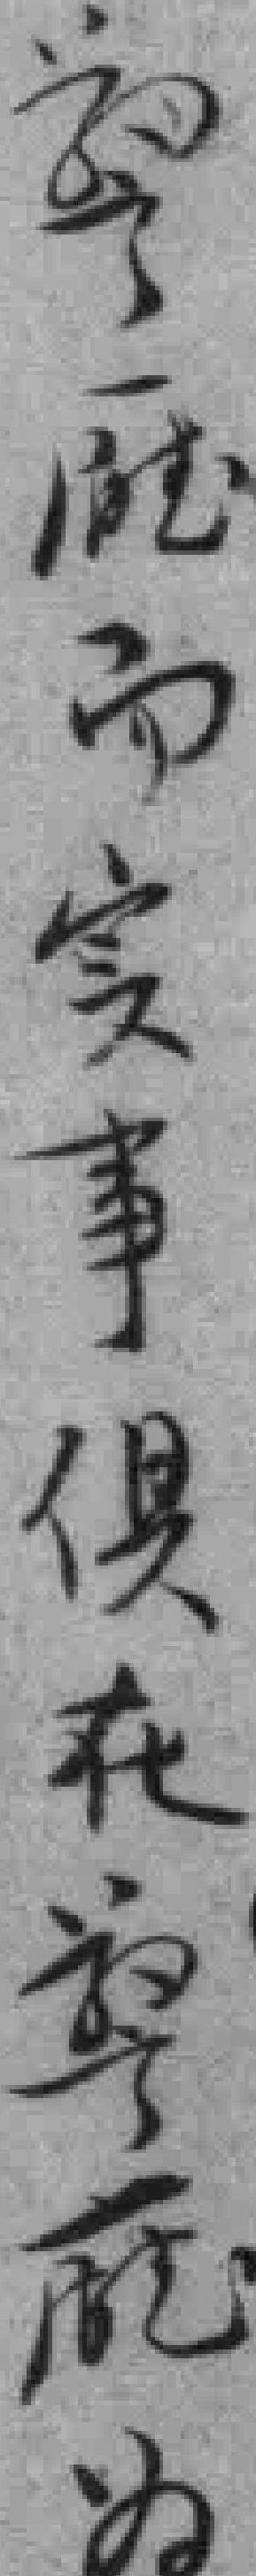
警廰而实事俱在警廰为